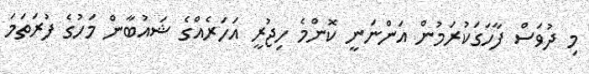
މި ދުވަސް ފާހަގަކުރަމުން އަންނަނީ ކޮންމެ ހިޖުރީ އަހަރެއްގެ ޝައުބާން މަހުގެ ފުރަތަމަ